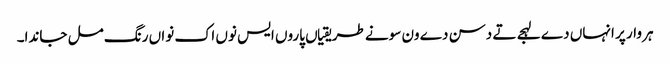
ہر وار پر انہاں دے لہجے تے دسن دے ون سونے طریقیاں پاروں ایس نوں اک نواں رنگ مل جاندا۔